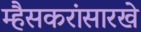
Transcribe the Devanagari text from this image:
म्हैसकरांसारखे